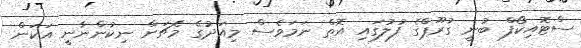
ސްޓޮއިކޯފް ބުނީ ގުރޫޕްގެ ފުލުގައި އޮތް ނަމަވެސް މިއަދުގެ މެޗަށް ނިކުންނާނީ އަކަން